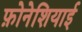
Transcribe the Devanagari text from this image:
फ़ोनेशियाई